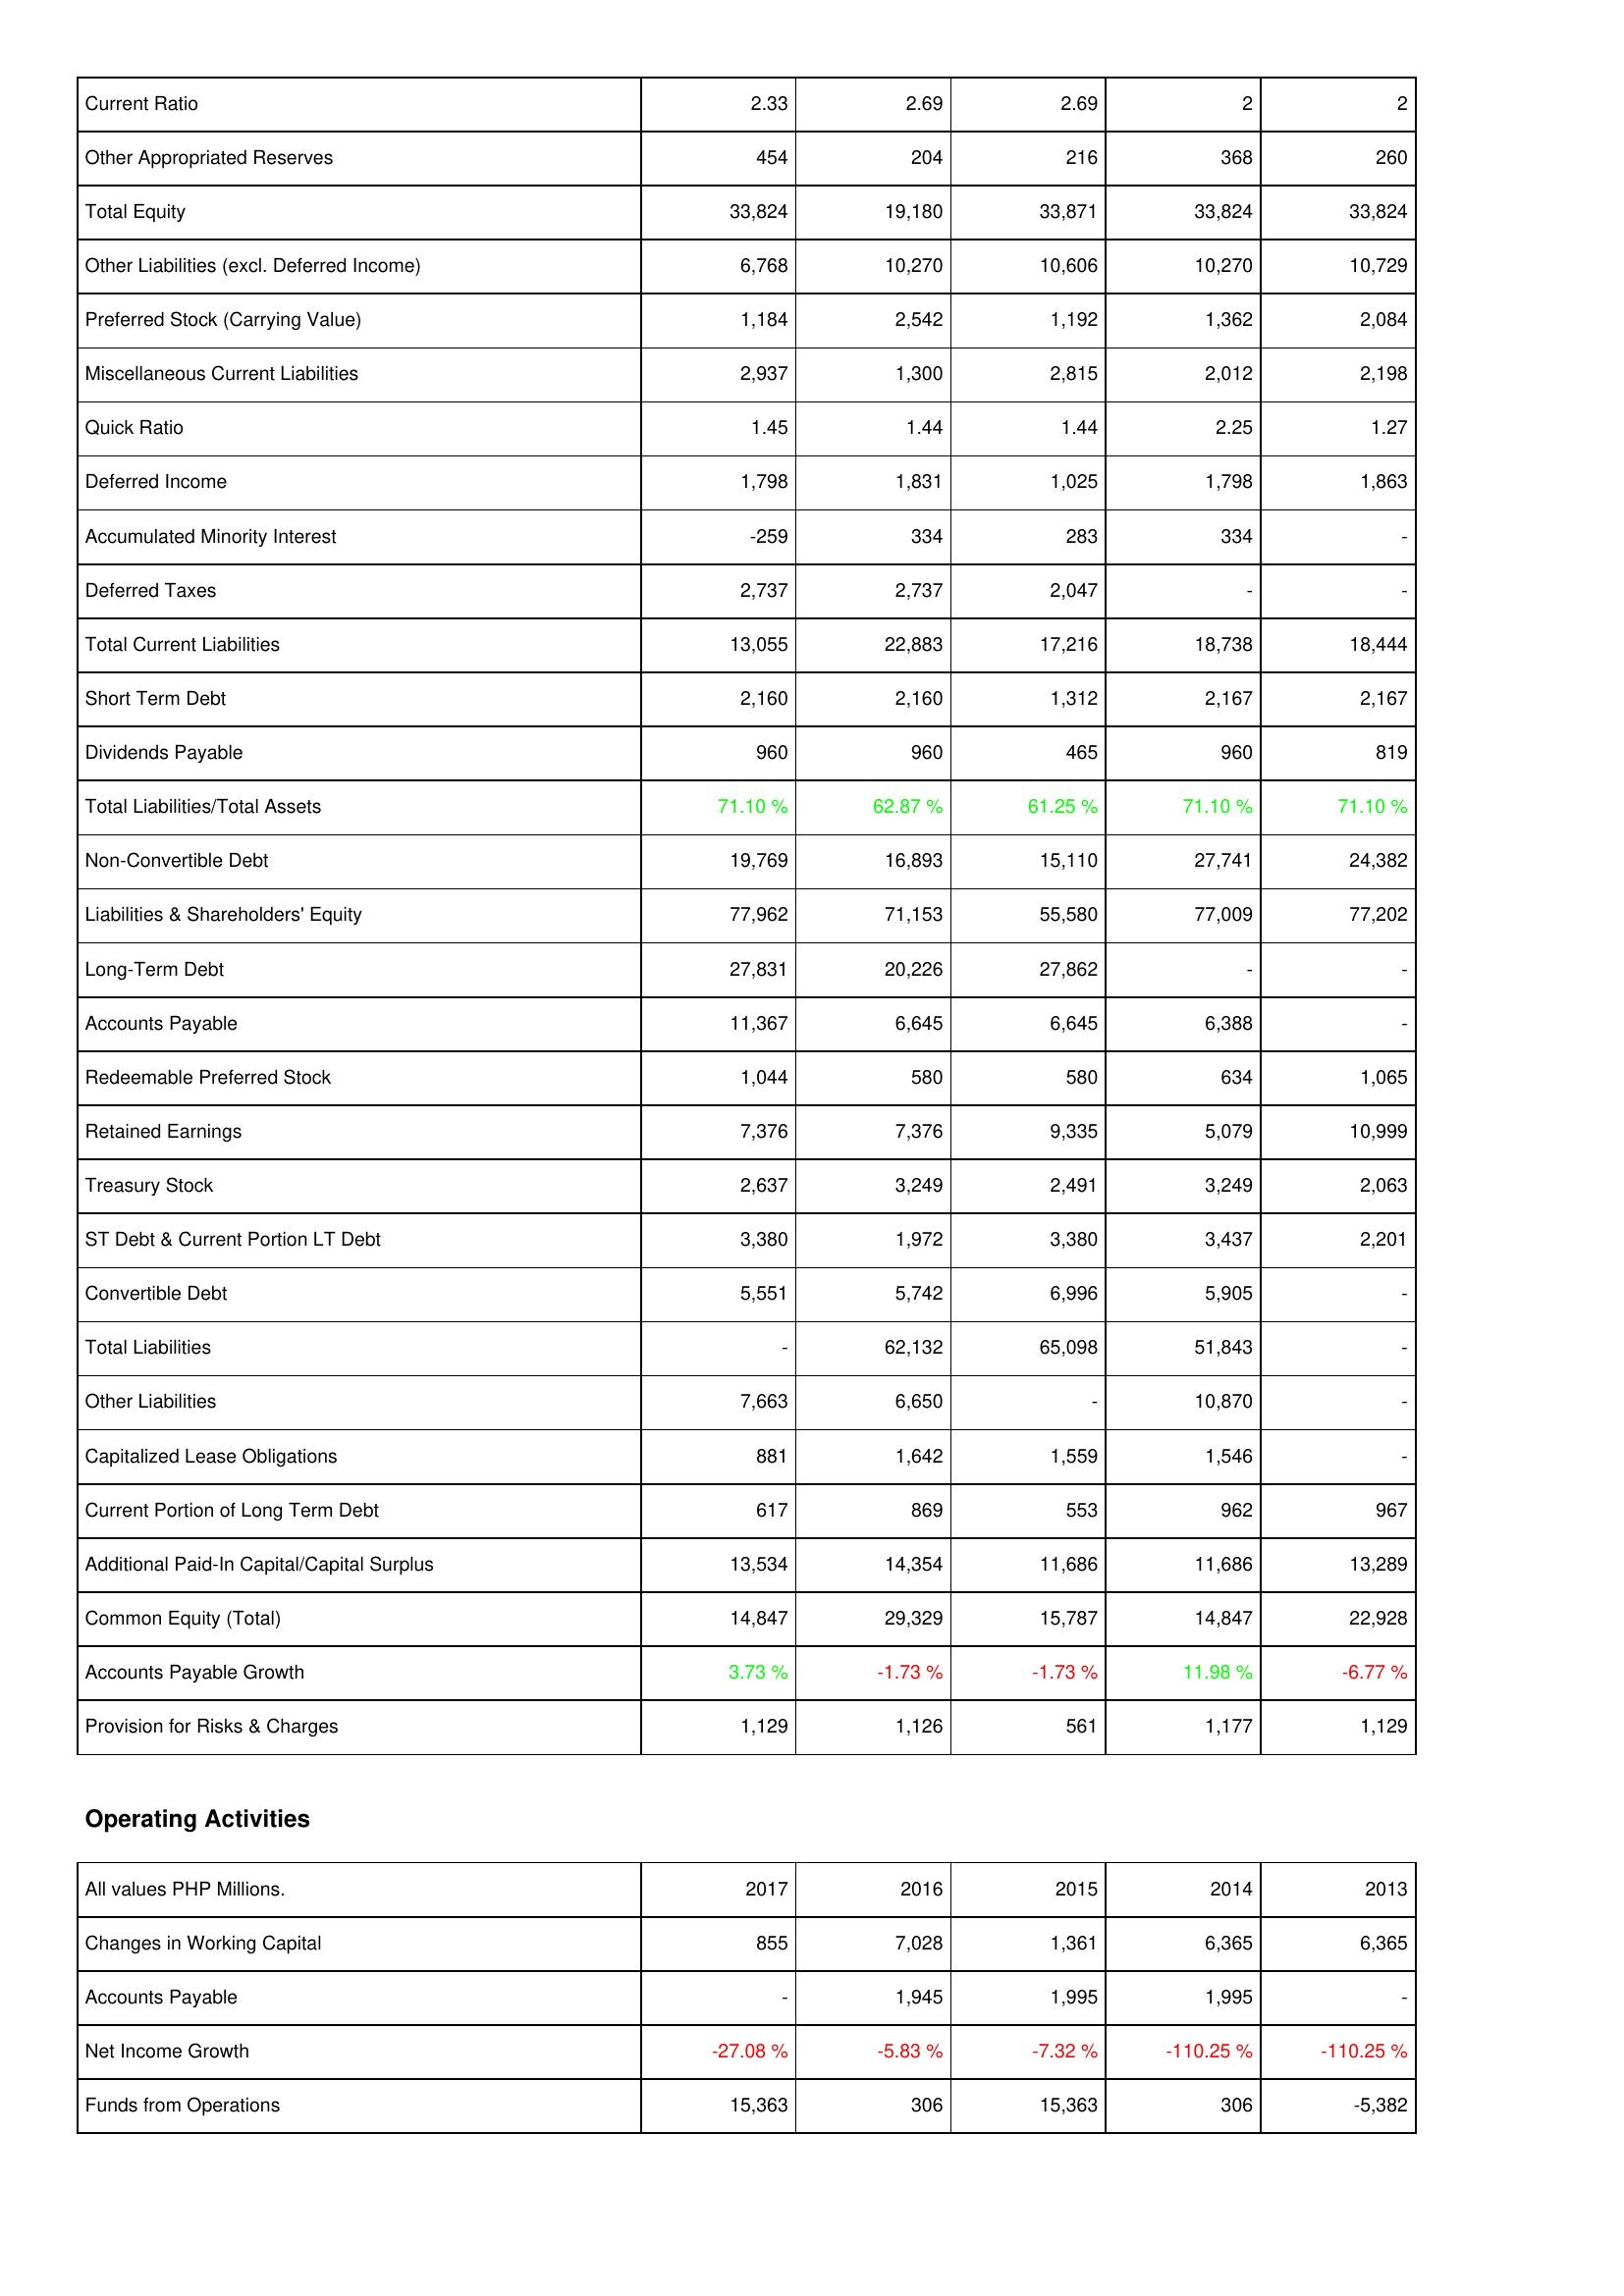
2017: Liabilities & Shareholders' Equity: Current Ratio: 2.33
Other Appropriated Reserves: 454
Total Equity: 33,824
Other Liabilities (excl. Deferred Income): 6,768
Preferred Stock (Carrying Value): 1,184
Miscellaneous Current Liabilities: 2,937
Quick Ratio: 1.45
Deferred Income: 1,798
Accumulated Minority Interest: -259
Deferred Taxes: 2,737
Total Current Liabilities: 13,055
Short Term Debt: 2,160
Dividends Payable: 960
Total Liabilities/Total Assets: 71.10 %
Non-Convertible Debt: 19,769
Liabilities & Shareholders' Equity: 77,962
Long-Term Debt: 27,831
Accounts Payable: 11,367
Redeemable Preferred Stock: 1,044
Retained Earnings: 7,376
Treasury Stock: 2,637
ST Debt & Current Portion LT Debt: 3,380
Convertible Debt: 5,551
Total Liabilities: -
Other Liabilities: 7,663
Capitalized Lease Obligations: 881
Current Portion of Long Term Debt: 617
Additional Paid-In Capital/Capital Surplus: 13,534
Common Equity (Total): 14,847
Accounts Payable Growth: 3.73 %
Provision for Risks & Charges: 1,129
Operating Activities: Changes in Working Capital: 855
Accounts Payable: -
Net Income Growth: -27.08 %
Funds from Operations: 15,363
2016: Liabilities & Shareholders' Equity: Current Ratio: 2.69
Other Appropriated Reserves: 204
Total Equity: 19,180
Other Liabilities (excl. Deferred Income): 10,270
Preferred Stock (Carrying Value): 2,542
Miscellaneous Current Liabilities: 1,300
Quick Ratio: 1.44
Deferred Income: 1,831
Accumulated Minority Interest: 334
Deferred Taxes: 2,737
Total Current Liabilities: 22,883
Short Term Debt: 2,160
Dividends Payable: 960
Total Liabilities/Total Assets: 62.87 %
Non-Convertible Debt: 16,893
Liabilities & Shareholders' Equity: 71,153
Long-Term Debt: 20,226
Accounts Payable: 6,645
Redeemable Preferred Stock: 580
Retained Earnings: 7,376
Treasury Stock: 3,249
ST Debt & Current Portion LT Debt: 1,972
Convertible Debt: 5,742
Total Liabilities: 62,132
Other Liabilities: 6,650
Capitalized Lease Obligations: 1,642
Current Portion of Long Term Debt: 869
Additional Paid-In Capital/Capital Surplus: 14,354
Common Equity (Total): 29,329
Accounts Payable Growth: -1.73 %
Provision for Risks & Charges: 1,126
Operating Activities: Changes in Working Capital: 7,028
Accounts Payable: 1,945
Net Income Growth: -5.83 %
Funds from Operations: 306
2015: Liabilities & Shareholders' Equity: Current Ratio: 2.69
Other Appropriated Reserves: 216
Total Equity: 33,871
Other Liabilities (excl. Deferred Income): 10,606
Preferred Stock (Carrying Value): 1,192
Miscellaneous Current Liabilities: 2,815
Quick Ratio: 1.44
Deferred Income: 1,025
Accumulated Minority Interest: 283
Deferred Taxes: 2,047
Total Current Liabilities: 17,216
Short Term Debt: 1,312
Dividends Payable: 465
Total Liabilities/Total Assets: 61.25 %
Non-Convertible Debt: 15,110
Liabilities & Shareholders' Equity: 55,580
Long-Term Debt: 27,862
Accounts Payable: 6,645
Redeemable Preferred Stock: 580
Retained Earnings: 9,335
Treasury Stock: 2,491
ST Debt & Current Portion LT Debt: 3,380
Convertible Debt: 6,996
Total Liabilities: 65,098
Other Liabilities: -
Capitalized Lease Obligations: 1,559
Current Portion of Long Term Debt: 553
Additional Paid-In Capital/Capital Surplus: 11,686
Common Equity (Total): 15,787
Accounts Payable Growth: -1.73 %
Provision for Risks & Charges: 561
Operating Activities: Changes in Working Capital: 1,361
Accounts Payable: 1,995
Net Income Growth: -7.32 %
Funds from Operations: 15,363
2014: Liabilities & Shareholders' Equity: Current Ratio: 2
Other Appropriated Reserves: 368
Total Equity: 33,824
Other Liabilities (excl. Deferred Income): 10,270
Preferred Stock (Carrying Value): 1,362
Miscellaneous Current Liabilities: 2,012
Quick Ratio: 2.25
Deferred Income: 1,798
Accumulated Minority Interest: 334
Deferred Taxes: -
Total Current Liabilities: 18,738
Short Term Debt: 2,167
Dividends Payable: 960
Total Liabilities/Total Assets: 71.10 %
Non-Convertible Debt: 27,741
Liabilities & Shareholders' Equity: 77,009
Long-Term Debt: -
Accounts Payable: 6,388
Redeemable Preferred Stock: 634
Retained Earnings: 5,079
Treasury Stock: 3,249
ST Debt & Current Portion LT Debt: 3,437
Convertible Debt: 5,905
Total Liabilities: 51,843
Other Liabilities: 10,870
Capitalized Lease Obligations: 1,546
Current Portion of Long Term Debt: 962
Additional Paid-In Capital/Capital Surplus: 11,686
Common Equity (Total): 14,847
Accounts Payable Growth: 11.98 %
Provision for Risks & Charges: 1,177
Operating Activities: Changes in Working Capital: 6,365
Accounts Payable: 1,995
Net Income Growth: -110.25 %
Funds from Operations: 306
2013: Liabilities & Shareholders' Equity: Current Ratio: 2
Other Appropriated Reserves: 260
Total Equity: 33,824
Other Liabilities (excl. Deferred Income): 10,729
Preferred Stock (Carrying Value): 2,084
Miscellaneous Current Liabilities: 2,198
Quick Ratio: 1.27
Deferred Income: 1,863
Accumulated Minority Interest: -
Deferred Taxes: -
Total Current Liabilities: 18,444
Short Term Debt: 2,167
Dividends Payable: 819
Total Liabilities/Total Assets: 71.10 %
Non-Convertible Debt: 24,382
Liabilities & Shareholders' Equity: 77,202
Long-Term Debt: -
Accounts Payable: -
Redeemable Preferred Stock: 1,065
Retained Earnings: 10,999
Treasury Stock: 2,063
ST Debt & Current Portion LT Debt: 2,201
Convertible Debt: -
Total Liabilities: -
Other Liabilities: -
Capitalized Lease Obligations: -
Current Portion of Long Term Debt: 967
Additional Paid-In Capital/Capital Surplus: 13,289
Common Equity (Total): 22,928
Accounts Payable Growth: -6.77 %
Provision for Risks & Charges: 1,129
Operating Activities: Changes in Working Capital: 6,365
Accounts Payable: -
Net Income Growth: -110.25 %
Funds from Operations: -5,382